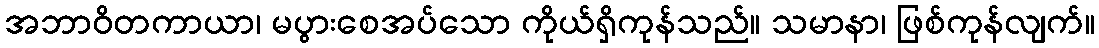
အဘာဝိတကာယာ၊ မပွားစေအပ်သော ကိုယ်ရှိကုန်သည်။ သမာနာ၊ ဖြစ်ကုန်လျက်။